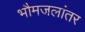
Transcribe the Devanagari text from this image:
भौमजलांतर